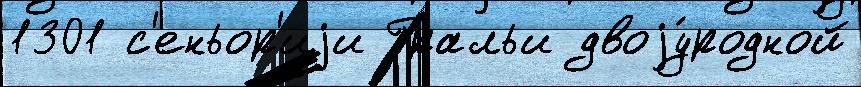
1301 с'еньор'иjи Гральи двоjу́родной